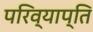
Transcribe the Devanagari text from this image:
परिव्याप्ति